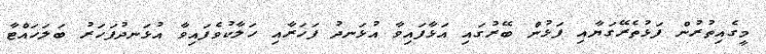
މީގެއިތުރުން ފަޅުތެރޭގަޔާއި ފަޅުން ބޭރުގައި އަޅާފައިވާ އުޅަނދު ފަހަރާއި ހަލާކުވެފައިވާ އުޅަނދުފަހަރު ބަލަހައްޓާ